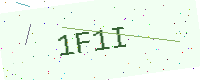
Text: 1F1I